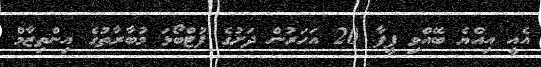
އެއީ އިއްޔެ ބޭއްވި ފީފާ 20 އަހަރުން ދަށުގެ ފުޓްބޯޅަ މުބާރާތުގެ އިންތިޒާމް